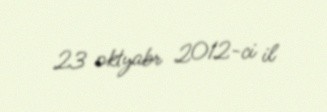
23 oktyabr 2012-ci il